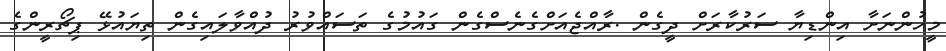
މީހުންނަށާ އިންޑިޔާ ސަރުކާރަށް ދީގެން .ރާއްޖެއަށްގެނެސްގެން ގައުމުގެ ތަސައްވުރު ދުއްވާލައިގެން ތިޔައުޅޭ ޕިޗޯރީންގެ